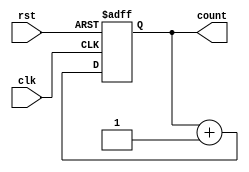
`timescale 1ns / 1ps
//////////////////////////////////////////////////////////////////////////////////
// Company: 
// Engineer: 
// 
// Design Name: 
// Module Name: counter_1
// Project Name: 
// Target Devices: 
// Tool Versions: 
// Description: 
// 
// Dependencies: 
// 
// Revision:
// Revision 0.01 - File Created
// Additional Comments:
// 
//////////////////////////////////////////////////////////////////////////////////


module counter_1(clk,rst,count);
input clk,rst;
output reg[7:0] count;
always@(posedge clk or negedge rst)
begin 
if(!rst)
count<=0;
else
count<=count+1;
end
endmodule